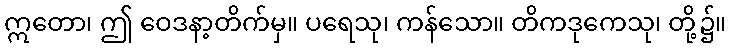
ဣတော၊ ဤ ဝေဒနာ့တိက်မှ။ ပရေသု၊ ကန်သော။ တိကဒုကေသု၊ တို့၌။